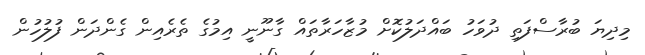
މިދިޔަ ބުރާސްފަތި ދުވަހު ބައްދަލުކޮށް މުޒާހަރާތައް ގާނޫނީ އިމުގެ ތެރެއިން ގެންދަން ފުލުހުން